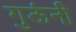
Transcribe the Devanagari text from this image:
गुऊंनी